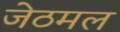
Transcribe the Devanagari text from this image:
जेठमल